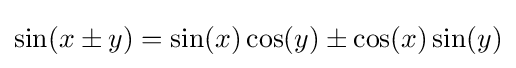
\sin(x\pm y)=\sin(x)\cos(y)\pm \cos(x)\sin(y)